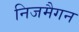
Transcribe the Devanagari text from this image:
निजमैगन